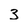
Character: 3